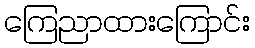
ကြေညာထားကြောင်း